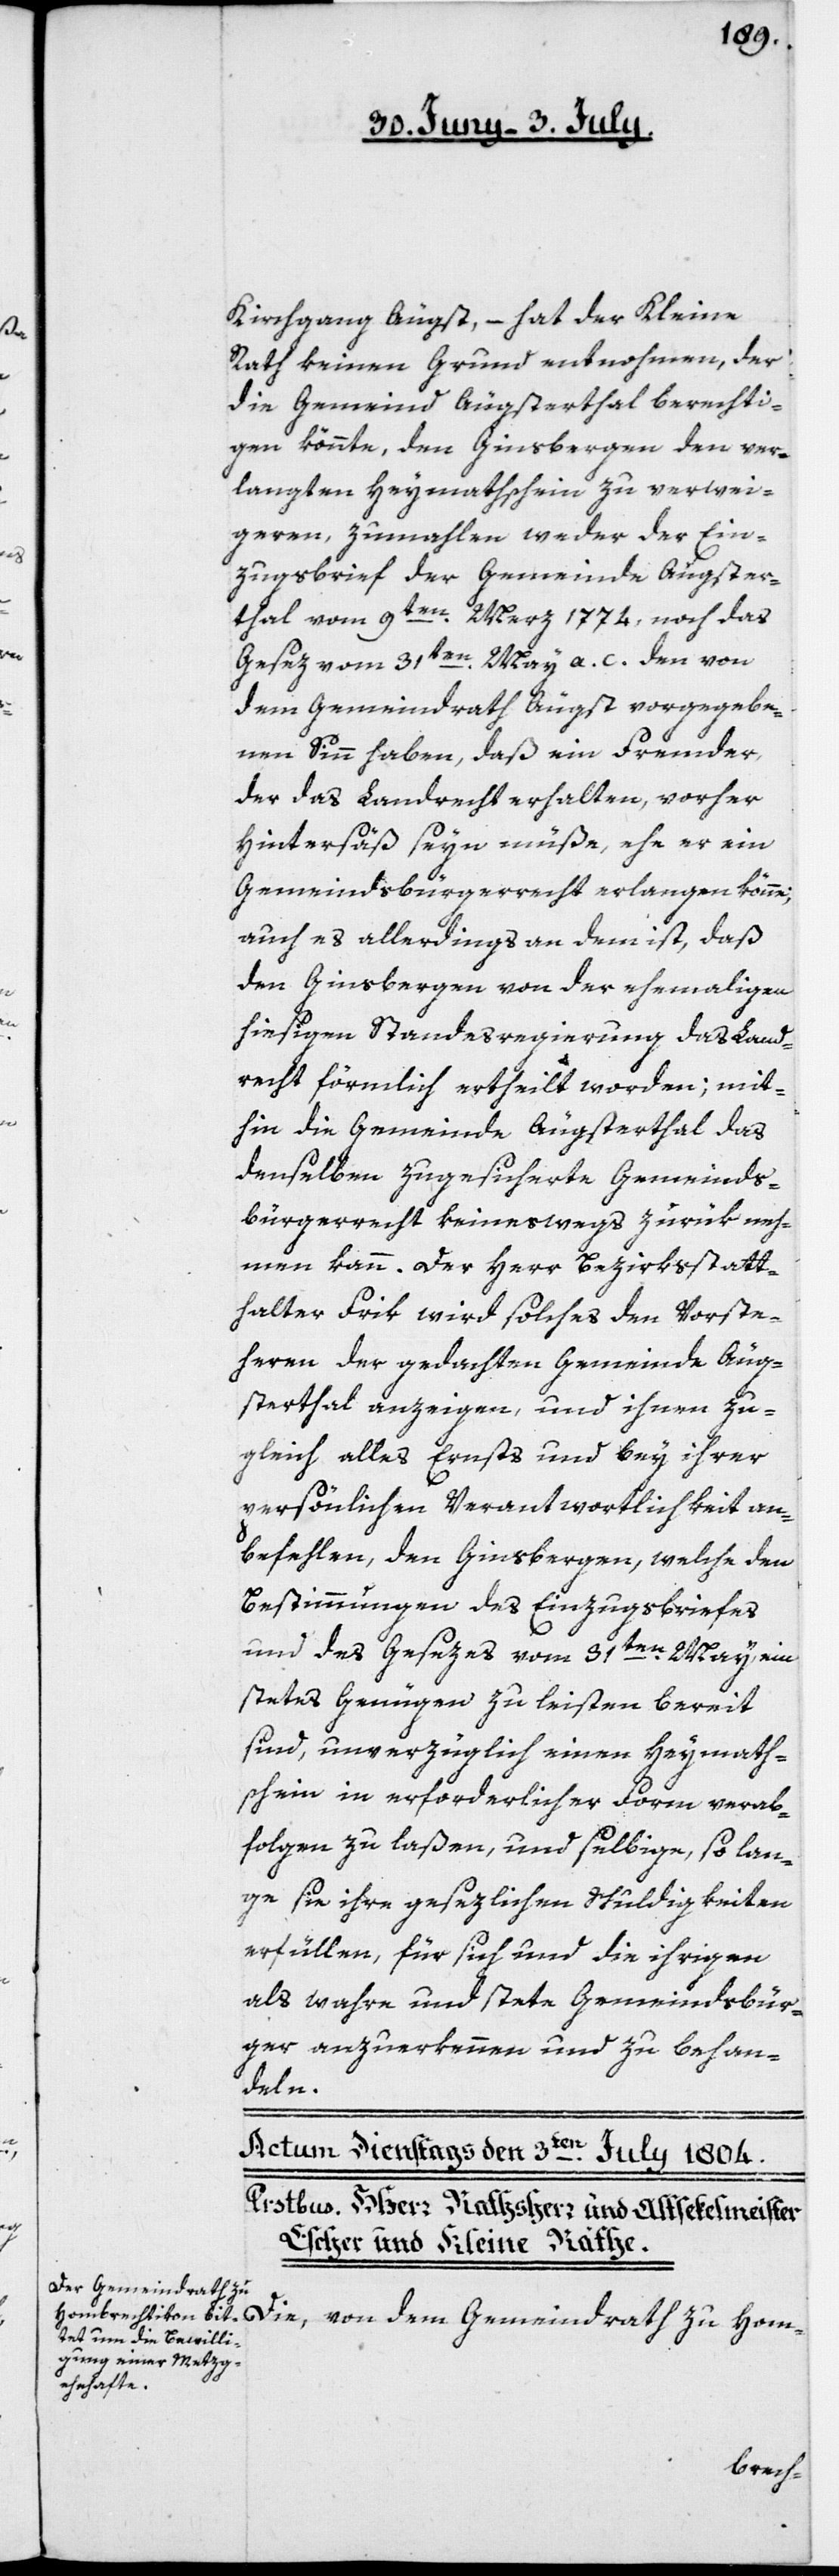
Kirchgang Äugst, – hat der Kleine
Rath keinen Grund entnohmen, der
die Gemeind Äugstertal berechti¬
gen könnte, den Ginsbergen den ver¬
langten Heymathschein zu verwei¬
geren, zumahlen weder der Ein¬
zugsbrief der Gemeinde Äugster¬
thal vom 9ten Merz 1774, noch das
Gesez vom 31ten May a. c. den von
dem Gemeindrath Äugst vorgegebe¬
nen Sinn haben, daß ein Fremder,
der das Landrecht erhalten, vorher
Hintersäß seyn müße, ehe er ein
Gemeindsbürgerrecht erlangen könne;
auch es allerdings an dem ist, daß
den Ginsbergen von der ehemaligen
hiesigen Standesregierung das Land¬
recht förmlich ertheilt worden; mit¬
hin die Gemeinde Äugsterthal das
denselben zugesicherte Gemeinds¬
bürgerrecht keineswegs zurük neh¬
men kann. Der Herr Bezirksstatt¬
halter Frik wird solches den Vorste¬
heren der gedachten Gemeinde Äug¬
stertal anzeigen, und ihnen zu¬
gleich alles Ernsts und bey ihrer
persönlichen Verantwortlichkeit an¬
befehlen, den Ginsbergen, welche den
Bestimmungen des Einzugsbriefes
und des Gesezes vom 31ten May, ein
stetes Genügen zu leisten bereit
sind, unverzüglich einen Heymath¬
schein in erforderlicher Form verab¬
folgen zu laßen, und selbige, so lan¬
ge sie ihre gesezlichen Schuldigkeiten
erfüllen, für sich und die ihrigen
als wahre und stete Gemeindsbür¬
ger anzuerkennen und zu behan¬
deln.
dem Gemeindrath zu